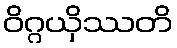
ဝိဂ္ဂယှိဿတိ